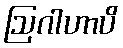
ဩဂါဟာပိ